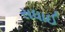
સધાઈ